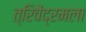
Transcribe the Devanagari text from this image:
त्रिवेंद्रमला